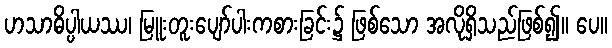
ဟသာဓိပ္ပါယဿ၊ မြူးတူးပျော်ပါးကစားခြင်း၌ ဖြစ်သော အလိုရှိသည်ဖြစ်၍။ ပေ။